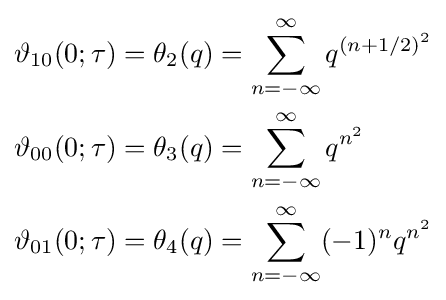
{\begin{aligned}\vartheta _{10}(0;\tau )&=\theta _{2}(q)=\sum _{n=-\infty }^{\infty }q^{(n+1/2)^{2}}\\\vartheta _{00}(0;\tau )&=\theta _{3}(q)=\sum _{n=-\infty }^{\infty }q^{n^{2}}\\\vartheta _{01}(0;\tau )&=\theta _{4}(q)=\sum _{n=-\infty }^{\infty }(-1)^{n}q^{n^{2}}\end{aligned}}